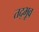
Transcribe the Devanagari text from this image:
तद्भूव